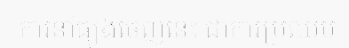
ការនាំធ្យូងចេញនេះ ជាការប្រឈម